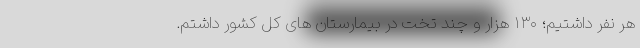
هر نفر داشتیم؛ ۱۳۰ هزار و چند تخت در بیمارستان های کل کشور داشتم.